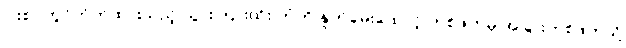
ပါးစပ်တွင်ကိုက်ထားသည့် သွားကြားထိုး တံကို နှုတ်ခမ်းထောင့် တစ်ဖက်မှ အခြားတစ်ဖက်သို့